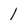
Character: 1